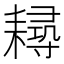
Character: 𦔘